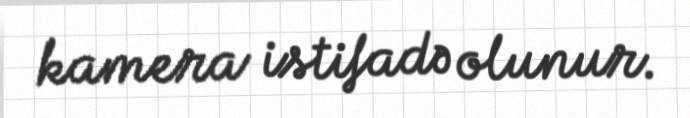
kamera istifadə olunur.